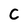
Character: C